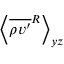
\left\langle \overline { { \rho v ^ { \prime } } } ^ { R } \right\rangle _ { y z }